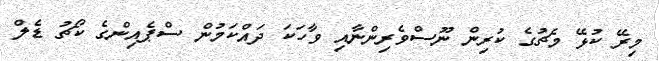
މިރޭ ކުޅޭ މެޗުގެ ކުރިން ނޫސްވެރިންނާއި ވާހަކަ ދައްކަމުން ސްޕެއިންގެ ކޯޗު ޑެލް